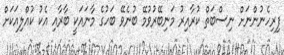
ފިރިހެނުންނަށް ނިސްބަތް ކުރާއިރު މަނިބޭރުވުމޭ ބުނެވޭ ބަހުގެ މާނައަކީ ބާރާއި އެކު ކުއްލިއަކަށް